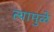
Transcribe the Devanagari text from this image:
त्यामुळे